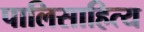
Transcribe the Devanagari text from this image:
पालिसाहित्य